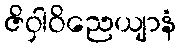
ဇိဝှါဝိညေယျာနံ